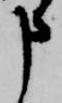
申